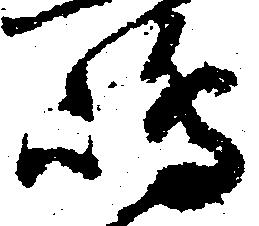
嶋